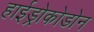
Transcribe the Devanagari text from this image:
हाईड्रोकोडोन